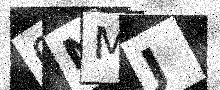
Text: 0NMJ